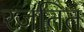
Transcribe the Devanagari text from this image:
रजतित